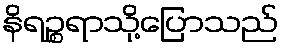
နိရဉ္စရာသို့ပြောသည်